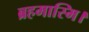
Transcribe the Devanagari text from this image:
ब्रहमास्मि।